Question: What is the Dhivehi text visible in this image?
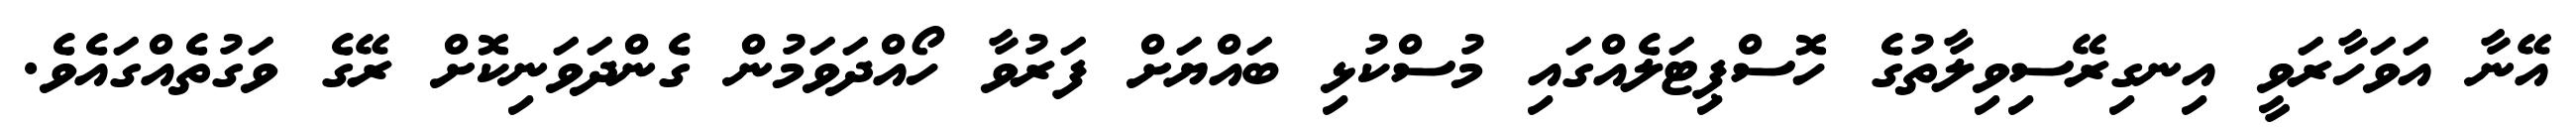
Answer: އޭނާ އަވަހާރަވީ އިނގިރޭސިވިލާތުގެ ހޮސްޕިޓަލެއްގައި މުސްކުޅި ބައްޔަށް ފަރުވާ ހޯއްދަވަމުން ގެންދަވަނިކޮށް ރޭގެ ވަގުތެއްގައެވެ.